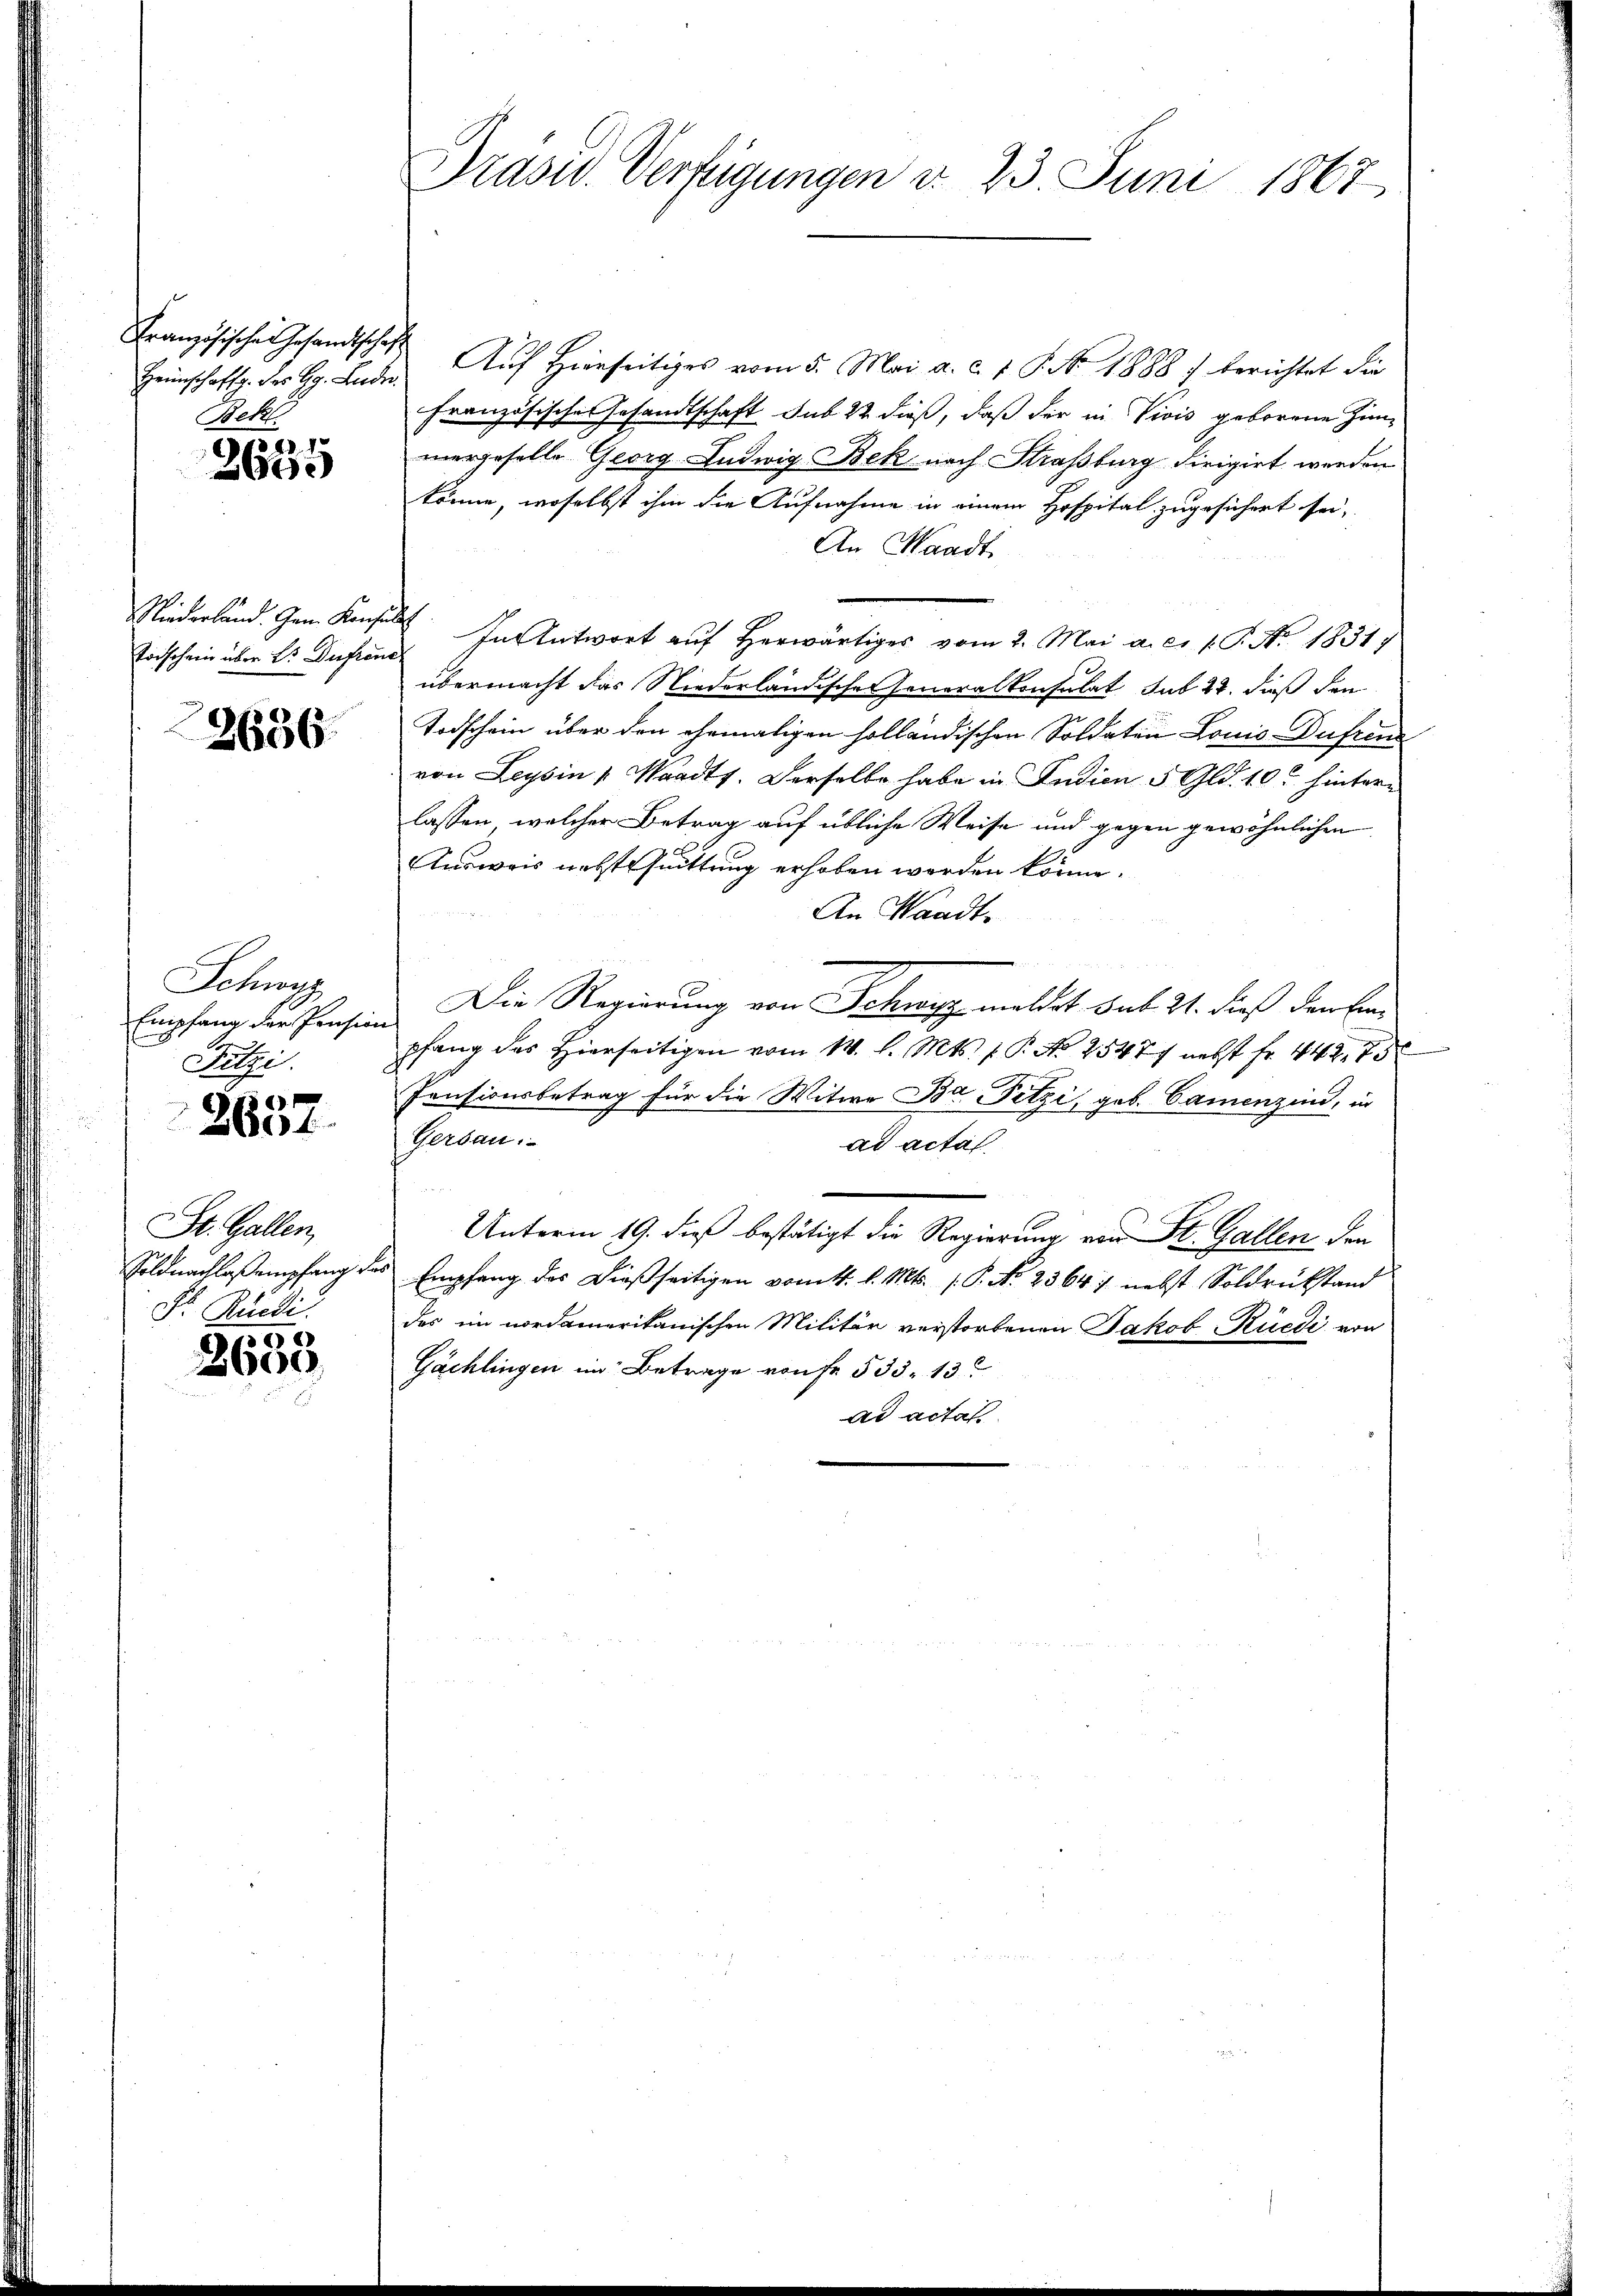
Heimschaffg. des H. Lude
Bekt

348.
3600

Toischein über L. Du freue

2636.

Schwyz
Empfang der Pension
Fitzi.

8
2601.

St. Gallen,
Soldnachlaß empfang de
Dr. Rüedi

2633.

Präsid. Verfügungen d. 23. Juni 1867

Französisches Gesandtschaft Auf Heinseitiges vom 5. Mai a. c. 1 S. 1888 / berichtet die
Französisches Gesandtschaft sub 22 dieß, daß der in Vivis geborene Zimmergeselle Georg Ludwig Bek nach Straßburg dirigirt werden
könne, woselbst ihm die Aufnahme in einem Hofpital zugesichert sei,
An Waadt
Niederland. Gen. Konsuls. In Antwort aŭf herwärtiges vom 2. Mai a. c. p. C. No. 18317
übermacht das Niederländischeheneralkonsulat sub 22. dieß den
Todschein über den ehemaligen holländischen Soldaten Louis Dufrine
von Leysin Waadts. Derselbe habe in Indien 5 Gld. 10. hinterlassen, welcher Betrag auf übliche Weise und gegen gewöhnlichen
Ausweis nicht Quittung erhoben worden könne.
An Waadt,
Die Regierung von Schwyz meldet sub 21. dieß den Einf
pfang des Hierseitigen vom 14. l. Mts. f. P. No 2547/ nebst fr. 442. 73
Pensionsbetrag für die Witwe Ba Fitzi, geb. Camenzind, in
Gersau:
ad actal
Unterm 19. dieß bestätigt die Regierung von St. Gallen den
s Empfang des dießseitigen Bonitt. l. Mts. (P. No 2364) nebst Soldrükstand
des im nordamerikanischen Militär verstorbenen Jakob Rüedi von
Gächlingen im Betrage von Fr. 533. 13
ad actas.